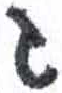
אות: ג